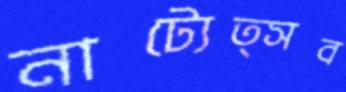
নাট্যেত্সব